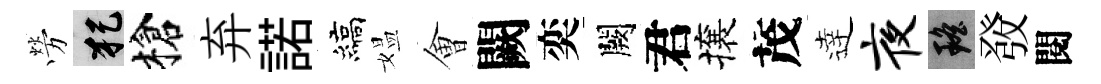
勞犯槍弃諾縞媪㑹闕奕闕君攘茂逹夜瑶𤼲閱